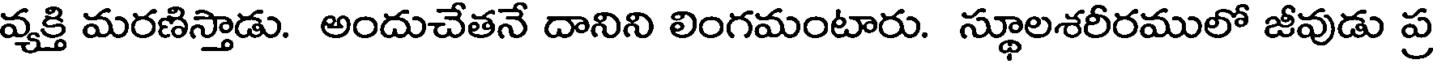
వ్యక్తి మరణిస్తాడు. అందుచేతనే దానిని లింగమంటారు. స్థూలశరీరములో జీవుడు ప్ర